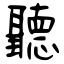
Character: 聽